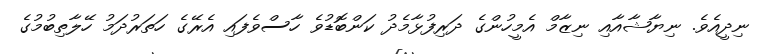
ނިދީއެވެ. ނިޔާޝާއާއި ނިޒާމް އެމީހުންގެ ދަރިފުޅާމެދު ކަންބޮޑުވެ ހާސްވެފައި އެރޭގެ ހަތަރުދަމު ހޭލާތިބުމުގެ